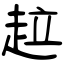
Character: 趇